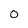
Character: 0